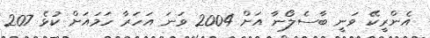
އެންރީކޭ ވަނީ ބާސެލޯނާ އަށް 2004 ވަނަ އަހަރާ ހަމައަށް ކުޅެ 207